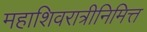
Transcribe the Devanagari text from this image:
महाशिवरात्रीनिमित्त